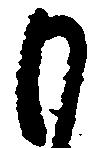
も